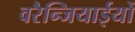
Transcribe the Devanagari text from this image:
वरैन्जियाईयों